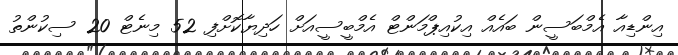
އިންޑިއާ އެމްބަސީން ބައެއް އިކުއިޕްމަންޓް އެމްބީސީއަށް ހަދިޔާކޮށްފި 52 މިނެޓް 20 ސިކުންތު